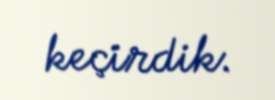
keçirdik.